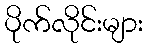
ပိုက်လိုင်းများ